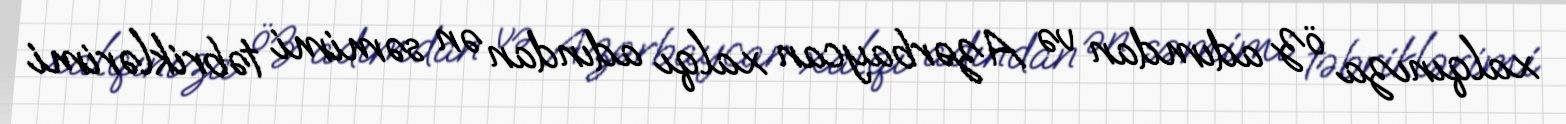
xalqınıza öz adımdan və Azərbaycan xalqı adından ən səmimi təbriklərimi